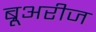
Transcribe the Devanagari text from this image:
ब्रूअरीज